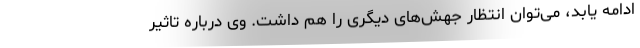
ادامه یابد، می‌توان انتظار جهش‌های دیگری را هم داشت. وی درباره تاثیر